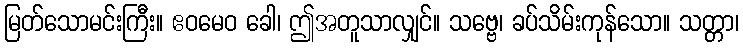
မြတ်သောမင်းကြီး။ ဧဝမေဝ ခေါ၊ ဤအတူသာလျှင်။ သဗ္ဗေ၊ ခပ်သိမ်းကုန်သော။ သတ္တာ၊